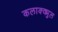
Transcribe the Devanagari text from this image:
कलाक्क्मुल